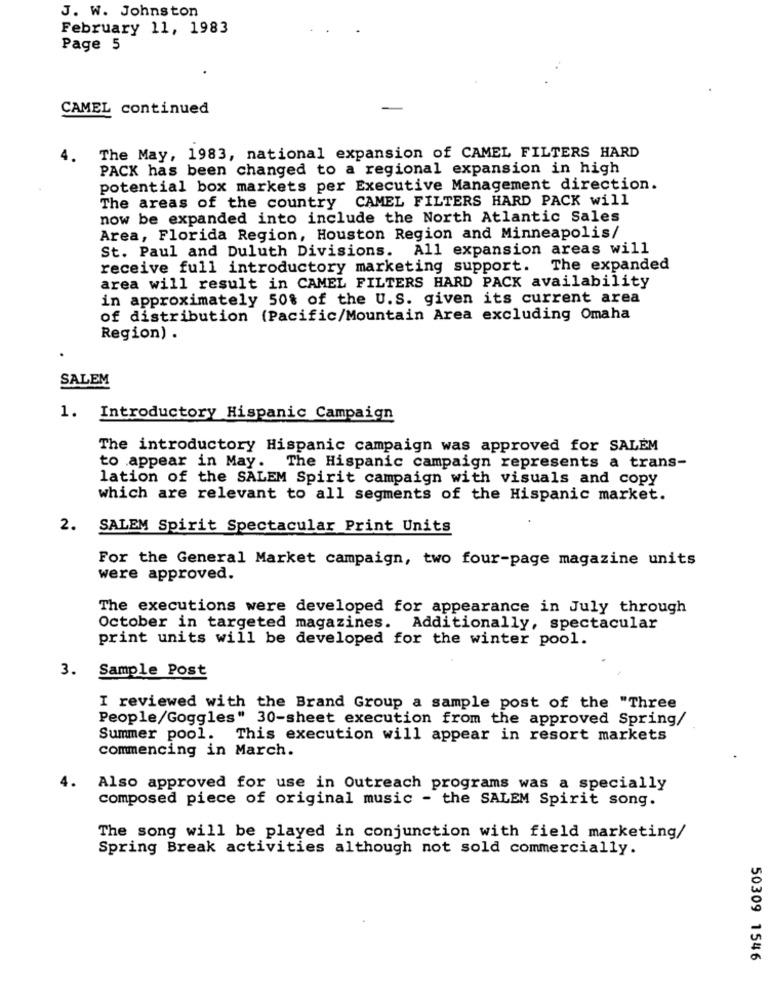
J. W. Johnston
February 11, 1983
Page 5
CAMEL continued
4.
The May, 1983, national expansion of CAMEL FILTERS HARD
PACK has been changed to a regional expansion in high
potential box markets per Executive Management direction.
The areas of the country CAMEL FILTERS HARD PACK will
now be expanded into include the North Atlantic Sales
Area, Florida Region, Houston Region and Minneapolis/
St. Paul and Duluth Divisions. All expansion areas will
receive full introductory marketing support. The expanded
area will result in CAMEL FILTERS HARD PACK availability
in approximately 50% of the U.S. given its current area
of distribution (Pacific/Mountain Area excluding Omaha
Region) .
SALEM
1. Introductory Hispanic Campaign
The introductory Hispanic campaign was approved for SALEM
to appear in May. The Hispanic campaign represents a trans-
lation of the SALEM Spirit campaign with visuals and copy
which are relevant to all segments of the Hispanic market.
2.
SALEM Spirit Spectacular Print Units
For the General Market campaign, two four-page magazine units
were approved.
The executions were developed for appearance in July through
October in targeted magazines. Additionally, spectacular
print units will be developed for the winter pool.
3.
Sample Post
I reviewed with the Brand Group a sample post of the "Three
People/Goggles" 30-sheet execution from the approved Spring/
Summer pool. This execution will appear in resort markets
commencing in March.
Also approved for use in Outreach programs was a specially
composed piece of original music - the SALEM Spirit song.
The song will be played in conjunction with field marketing/
Spring Break activities although not sold commercially.
50309 1546